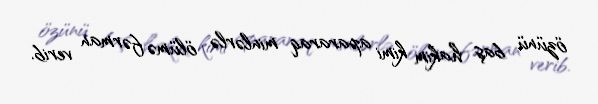
özünü baş hakim kimi apararaq minlərlə ölümə fərman verib.